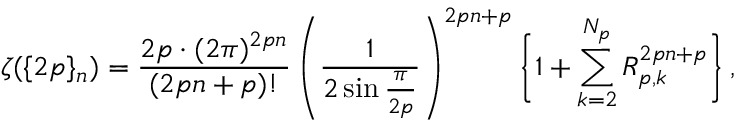
\zeta ( \{ 2 p \} _ { n } ) = \frac { 2 p \cdot ( 2 \pi ) ^ { 2 p n } } { ( 2 p n + p ) ! } \left( \frac { 1 } { 2 \sin \frac { \pi } { 2 p } } \right) ^ { 2 p n + p } \bigg \{ 1 + \sum _ { k = 2 } ^ { N _ { p } } R _ { p , k } ^ { 2 p n + p } \bigg \} \, ,